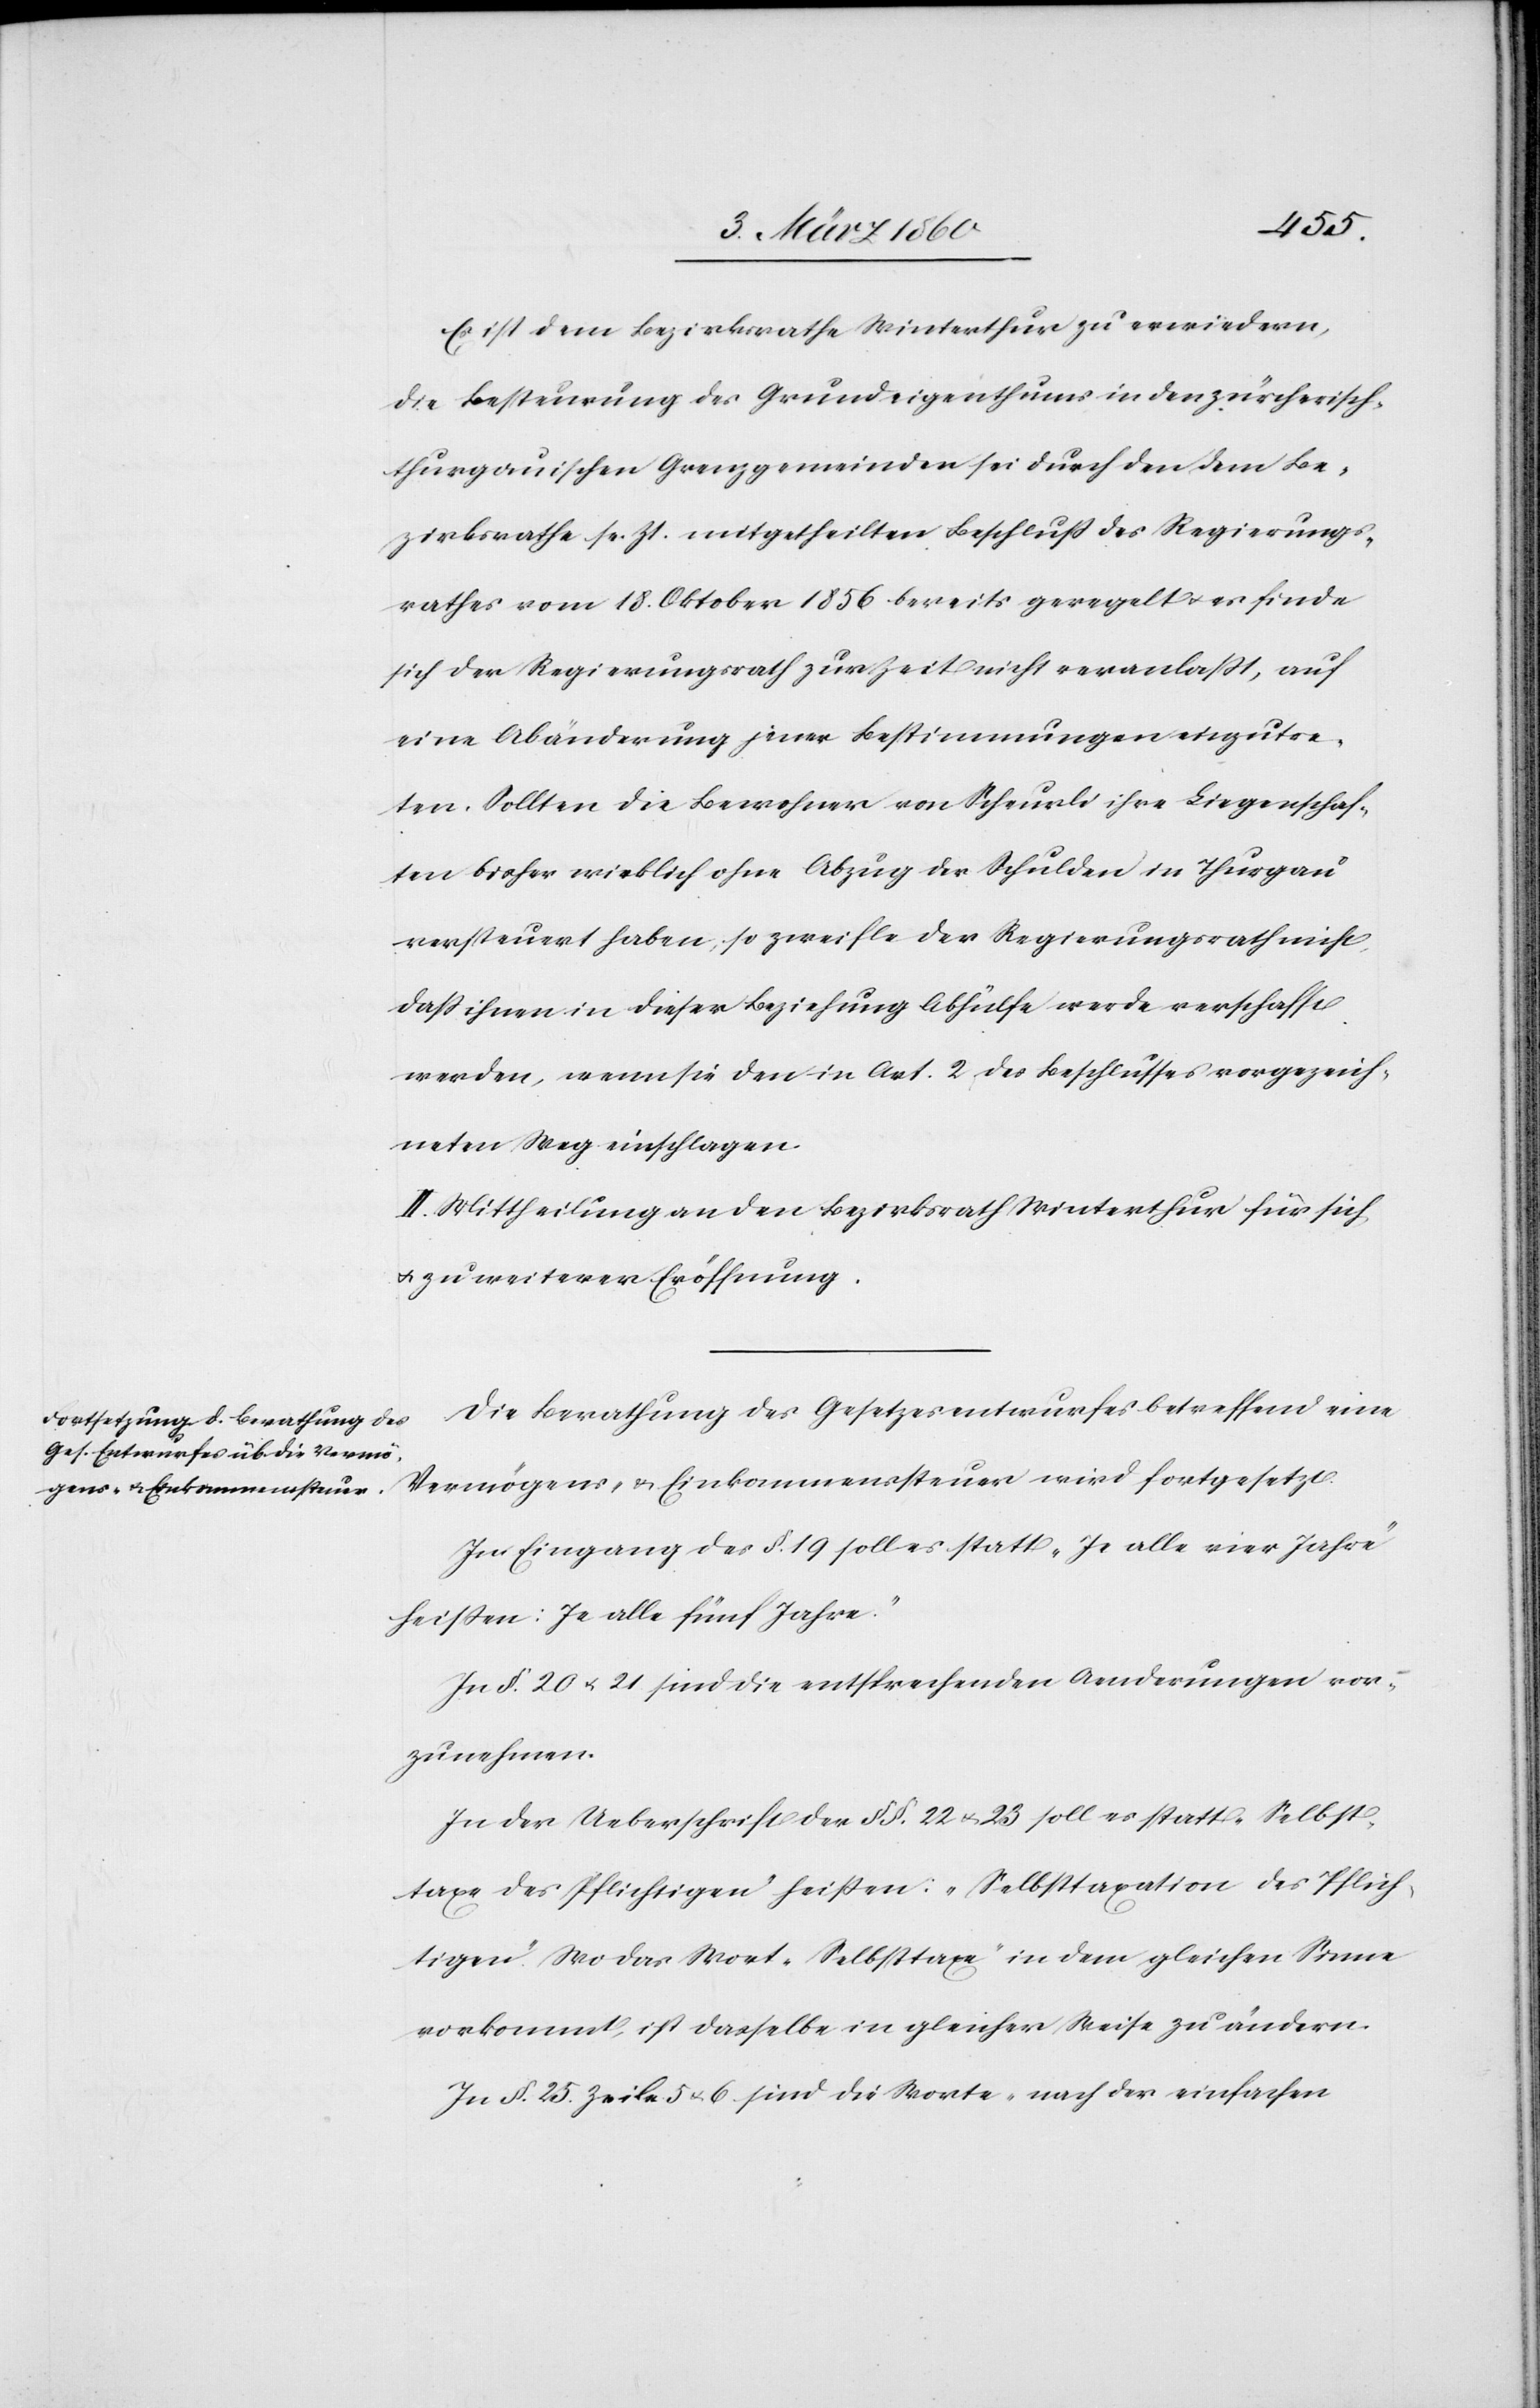
Es ist dem Bezirksrathe Winterthur zu erwiedern,
die Besteuerung des Grundeigenthums in den zürcherisch-t¬
hurgauischen Grenzgemeinden sei durch den dem Be¬
zirksrathe sr. Zt. mitgetheilten Beschluss des Regierungs¬
rathes vom 18. Oktober 1856 bereits geregelt u. es finde
sich der Regierungsrath zur Zeit nicht veranlasst, auf
eine Abänderung jener Bestimmungen einzutre¬
ten. Sollten die Bewohner von Scheuerli ihre Liegenschaf¬
ten bisher wirklich ohne Abzug der Schulden in Thurgau
versteuert haben, so zweifle der Regierungsrath nicht
dass ihnen in dieser Beziehung Abhülfe werde verschafft
werden, wenn sie den in Art. 2. des Beschlusses vorgezeich¬
neten Weg einschlagen.
II. Mittheilung an den Bezirksrath Winterthur für sich
u. zu weiterer Eröffnung.
Die Berathung des Gesetzentwurfes betreffend eine
Vermögens- u. Einkommenssteuer wird fortgesetzt.
Im Eingang des §. 19. soll es statt „Je alle vier Jahre“
heißen: [„]Je alle fünf Jahre.“
In §. 20. u. 21. sind die entsprechenden Aenderungen vor¬
zunehmen.
In der Ueberschrift der §§. 22. u. 23. solle statt „Selbst¬
taxe des Pflichtigen“ heißen: „Selbsttaxation des Pflich¬
tigen“. Wo das Wort „Selbsttaxe“ in dem gleichen Sinne
vorkommt, ist dasselbe in gleicher Weise zu ändern.
In §. 25. Zeile 5 u. 6 sind die Worte „nach der einfachen